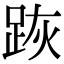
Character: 𨀡